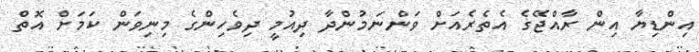
އިންޑިޔާ އިން ރާއްޖޭގެ އެތެރެއަށް ވަންނަމުންދާ ދިއުމީ ދިވެހިންގެ މިނިވަން ކަމަށް އޮތް